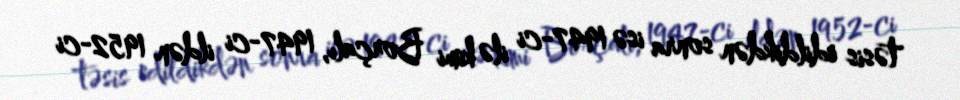
təsis edildikdən sonra isə 1947-ci ilə kimi Borçalı, 1947-ci ildən 1952-ci